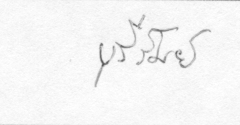
บุรีรัมย์